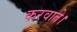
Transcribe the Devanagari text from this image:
करवाते।